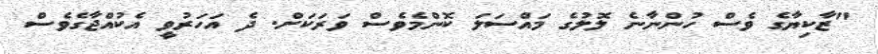
"ޒާކިޔާގެެ ވެސް ހުންނާނެެ ލޮލުގެ މައްސަލަ ކޮންމެވެެސް ވަރަކަށް. ދެެ އަހަރުވީ އެެކުއްޖާގެެވެސް